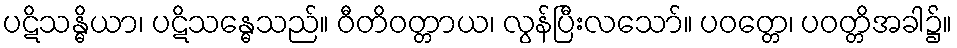
ပဋိသန္ဓိယာ၊ ပဋိသန္ဓေသည်။ ဝီတိဝတ္တာယ၊ လွန်ပြီးလသော်။ ပဝတ္တေ၊ ပဝတ္တိအခါ၌။